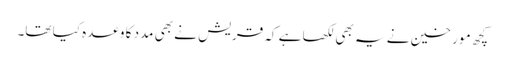
کچھ مو رخین نے یہ بھی لکھا ہے کہ قریش نے بھی مدد کا وعدہ کیا تھا۔